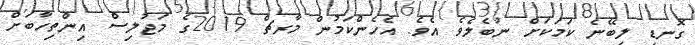
ގޮނޑި ލިބޭނެ ކަމަކަށް ނުބެލެވެ އެވެ. އެހެންކަމުން މާރޗް 2019ގެ މަޖުލިސް އިންތިހާބަށް